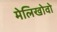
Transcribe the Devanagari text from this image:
मेलिखोवो